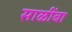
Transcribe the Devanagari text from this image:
साळींबा